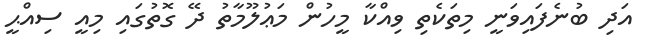
އަދި ބުނެފައިވަނީ މިތަކެތި ވިއްކާ މީހުން މަޢުލޫމާތު ދޭ ގޮތުގައި މިއީ ސިއްޙީ